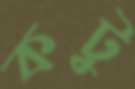
কটু